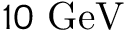
1 0 \mathrm { \ G e V }